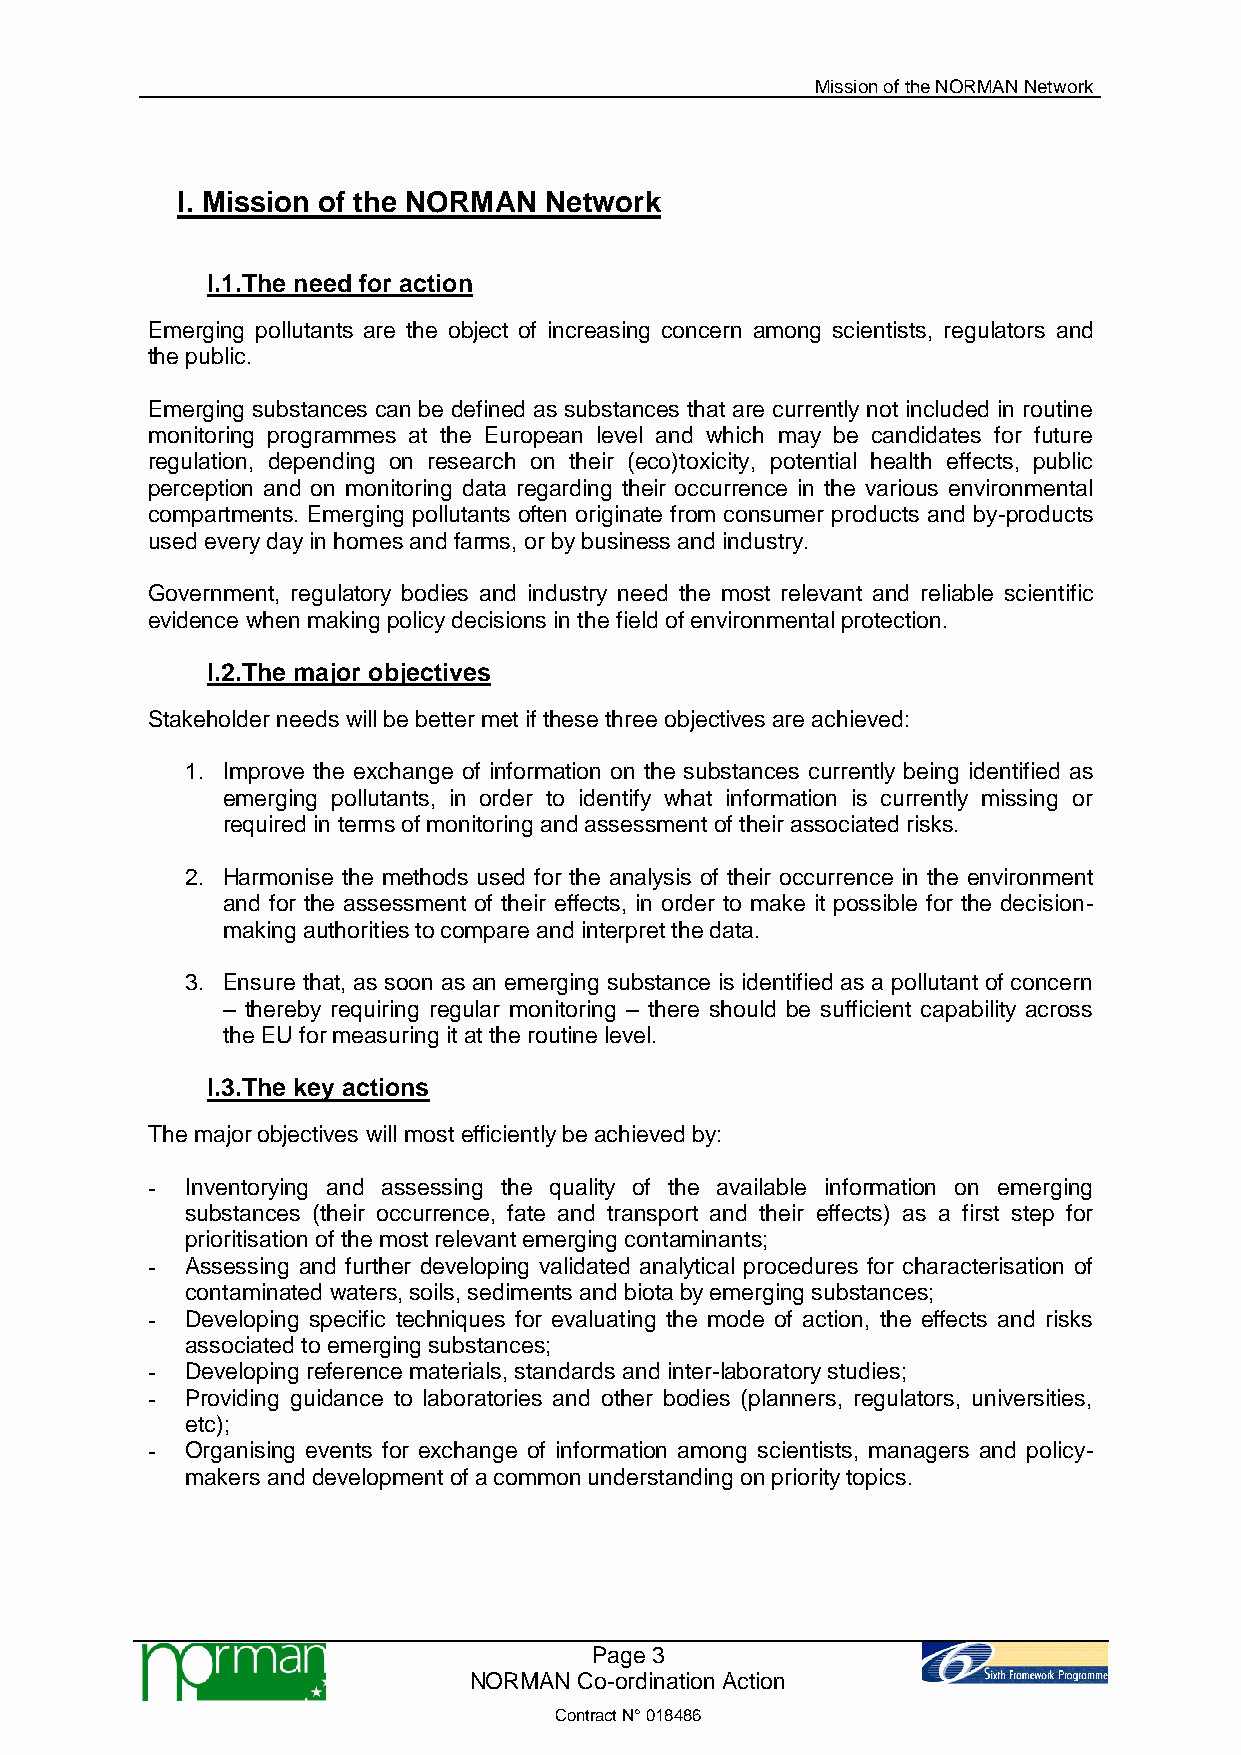
Mission of the NORMAN Network
 I. Mission of the NORMAN Network
 I.1.The need for action
 Emerging pollutants are the object of increasing concern among scientists, regulators and
 the public.
 Emerging substances can be defined as substances that are currently not included in routine
 monitoring programmes at the European level and which may be candidates for future
 regulation, depending on research on their (eco)toxicity, potential health effects, public
 perception and on monitoring data regarding their occurrence in the various environmental
 compartments. Emerging pollutants often originate from consumer products and by-products
 used every day in homes and farms, or by business and industry.
 Government, regulatory bodies and industry need the most relevant and reliable scientific
 evidence when making policy decisions in the field of environmental protection.
 I.2.The major objectives
 Stakeholder needs will be better met if these three objectives are achieved:
 1. Improve the exchange of information on the substances currently being identified as
 emerging pollutants, in order to identify what information is currently missing or
 required in terms of monitoring and assessment of their associated risks.
 2. Harmonise the methods used for the analysis of their occurrence in the environment
 and for the assessment of their effects, in order to make it possible for the decision-
 making authorities to compare and interpret the data.
 3. Ensure that, as soon as an emerging substance is identified as a pollutant of concern
 – thereby requiring regular monitoring – there should be sufficient capability across
 the EU for measuring it at the routine level.
 I.3.The key actions
 The major objectives will most efficiently be achieved by:
 - Inventorying and assessing the quality of the available information on emerging
 substances (their occurrence, fate and transport and their effects) as a first step for
 prioritisation of the most relevant emerging contaminants;
 - Assessing and further developing validated analytical procedures for characterisation of
 contaminated waters, soils, sediments and biota by emerging substances;
 - Developing specific techniques for evaluating the mode of action, the effects and risks
 associated to emerging substances;
 - Developing reference materials, standards and inter-laboratory studies;
 - Providing guidance to laboratories and other bodies (planners, regulators, universities,
 etc);
 - Organising events for exchange of information among scientists, managers and policy-
 makers and development of a common understanding on priority topics.
 Page 3
 NORMAN Co-ordination Action
 Contract N° 018486